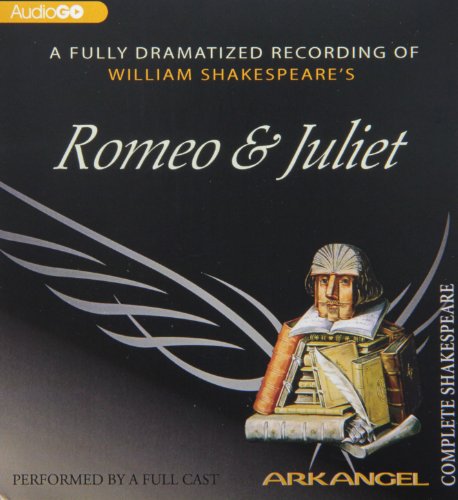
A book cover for Romeo and Juliet (Arkangel Shakespeare - Fully Dramatized); William Shakespeare; Comics & Graphic Novels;